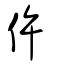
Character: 仵